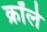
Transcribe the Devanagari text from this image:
क्रॉले